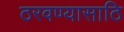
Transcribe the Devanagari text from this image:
ठरवण्यासाठि